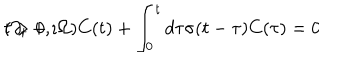
LaTeX: ( \partial _ { t } + \imath \Omega ) C ( t ) + \int _ { 0 } ^ { t } d \tau \sigma ( t - \tau ) C ( \tau ) = 0 \hspace { 1 c m } t > 0 ,